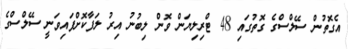
އެގޮތުން ސޭލްސްގެ ގޮތުގައި 48 ޓްރިލިޔަން ވޮން ލިބުނު އިރު ލަފާކޮށްފައިވަނީ ސޭލްސްގެ